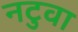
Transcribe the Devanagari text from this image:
नटुवा